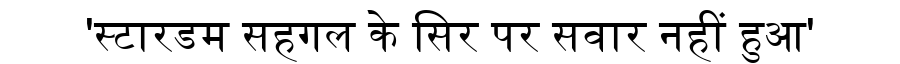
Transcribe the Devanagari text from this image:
'स्टारडम सहगल के सिर पर सवार नहीं हुआ'